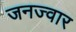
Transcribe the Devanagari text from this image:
जनज्वार